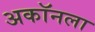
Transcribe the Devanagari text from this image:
अकॉनला